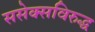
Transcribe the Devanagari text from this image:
ससेक्सविरुद्ध